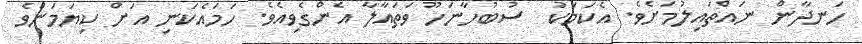
ހަނދާން ނައްތައިލުމަށެވެ. އެކަމަކު  ސުބުހާނަހޫ ވަތައާލާ އެންގެވިއެވެ. ހަމައެކަނި އަށް ކިޔަމަންވެ